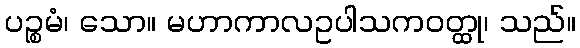
ပဉ္စမံ၊ သော။ မဟာကာလဥပါသကဝတ္ထု၊ သည်။